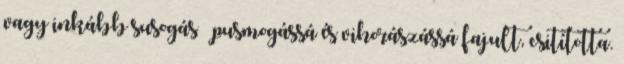
vagy inkább susogás – pusmogássá és vihorászássá fajult, csitította.